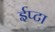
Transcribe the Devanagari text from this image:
ईप्टा